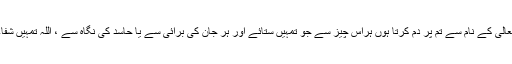
سیدنا جبرئیل علیہ السلام نے کہا کہ ”میں اللہ تعالیٰ کے نام سے تم پر دم کرتا ہوں ہراس چیز سے جو تمہیں ستائے اور ہر جان کی بُرائی سے یا حاسد کی نگاہ سے ، اللہ تمہیں شفاء دے اللہ کے نام سے میں تم پر دم کرتا ہوں“۔